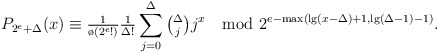
\begin{align*}P_{2^e+\Delta}(x)\equiv{\tfrac1{\o(2^e!)}\tfrac1{\Delta!}}\sum_{j=0}^{\Delta}\tbinom{\Delta}jj^x\mod 2^{e-\max(\lg(x-\Delta)+1,\lg(\Delta-1)-1)}.\end{align*}